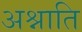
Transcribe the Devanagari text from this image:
अश्नाति